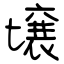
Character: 壌